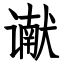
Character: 谳